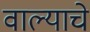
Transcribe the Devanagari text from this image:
वाल्याचे